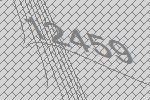
12459